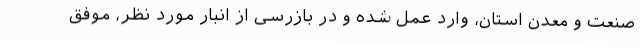
صنعت و معدن استان، وارد عمل شده و در بازرسی از انبار مورد نظر، موفق